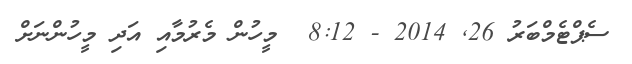
ސެޕްޓެމްބަރު 26